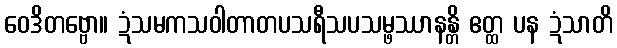
ဝေဒိတဗ္ဗော။ ဍံသမကသဝါတာတပသရီသပသမ္ဖဿာနန္တိ ဧတ္ထ ပန ဍံသာတိ